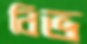
বিভ